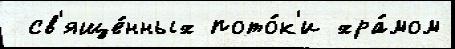
 св'яще́нных пото́к'и хра́мом